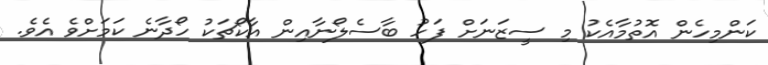
ކަންމިހެން އޮތުމާއެކު މި ސީޒަނަށް ފަހު ބާސެލޯނާއިން އާކޯޗަކު ހޯދާނެ ކަމަށްވެ އެވެ.